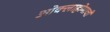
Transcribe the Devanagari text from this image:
ओक्लाहोमाची